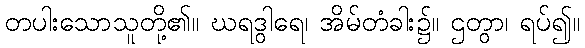
တပါးသောသူတို့၏။ ဃရဒွါရေ၊ အိမ်တံခါး၌။ ဌတွာ၊ ရပ်၍။